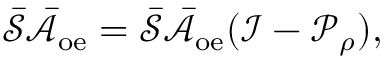
\bar { \mathcal { S } } \bar { \mathcal { A } } _ { \mathrm { o e } } = \bar { \mathcal { S } } \bar { \mathcal { A } } _ { \mathrm { o e } } ( \mathcal { I } - \mathcal { P } _ { \rho } ) ,